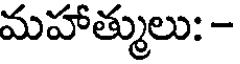
మహాత్ములు: -